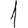
Digit: 1